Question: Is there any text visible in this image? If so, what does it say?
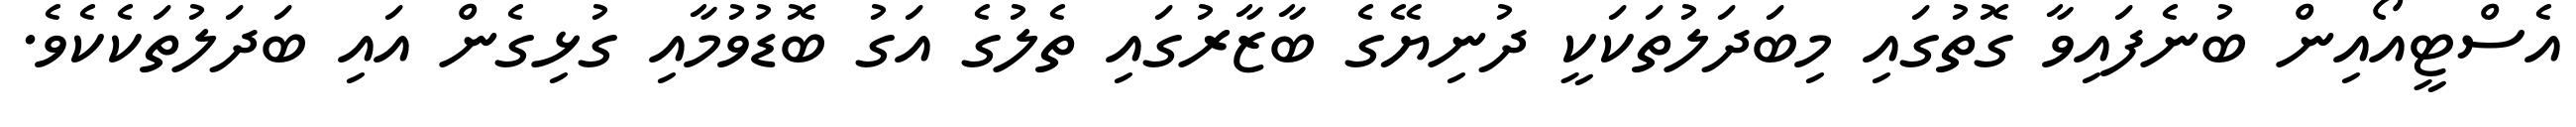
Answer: އެސްޓީއޯއިން ބުނެފައިވާ ގޮތުގައި މިބަދަލުތަކަކީ ދުނިޔޭގެ ބާޒާރުގައި ތެލުގެ އަގު ބޮޑުވުމާއި ގުޅިގެން އައި ބަދަލުތަކެކެވެ.